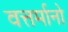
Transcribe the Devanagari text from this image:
वत्तर्मानो